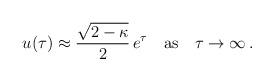
\begin{align*}u(\tau) \approx {\sqrt{2-\kappa}\over 2}\, e^\tau \quad {\rm as} \quad \tau\rightarrow\infty\,.\end{align*}